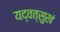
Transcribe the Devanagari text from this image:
यद्वत्सुखं